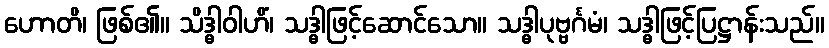
ဟောတိ၊ ဖြစ်၏။ သိဒ္ဓါဝါဟိံ၊ သဒ္ဓါဖြင့်ဆောင်သော။ သဒ္ဓါပုဗ္ဗင်္ဂမံ၊ သဒ္ဓါဖြင့်ပြဋ္ဌာန်းသည်။